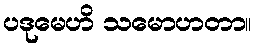
ပဒုမေဟိ သမောဟတာ။